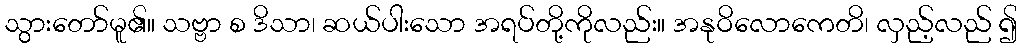
သွားတော်မူ၏။ သဗ္ဗာ စ ဒိသာ၊ ဆယ်ပါးသော အရပ်တို့ကိုလည်း။ အနုဝိလောကေတိ၊ လှည့်လည် ၍